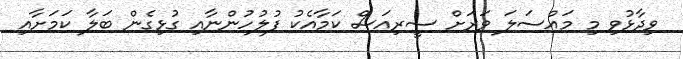
ވިދާޅުވި މި މައްސަލަ ވަރަށް ސީރިއަސް ކަމާއެކު ފުލުހުންނާއި ގުޅިގެން ބަލާ ކަމަށާއި